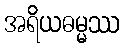
အရိယဓမ္မဿ